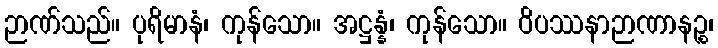
ဉာဏ်သည်။ ပုရိမာနံ၊ ကုန်သော။ အဋ္ဌန္နံ၊ ကုန်သော။ ဝိပဿနာဉာဏာနဉ္စ၊